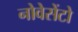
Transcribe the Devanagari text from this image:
नोवेसेंटो